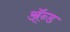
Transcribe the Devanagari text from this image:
ॲ्न्ड